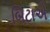
બિટાએ